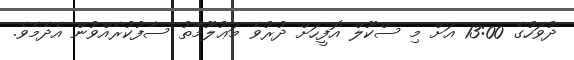
ދުވަހުގެ 13:00 އަށް މި ސްކޫލް އޮފީހަށް ދުރުވެ މަޢުލޫމާތު ސާފުކުރެއްވުން އެދެމެވެ.